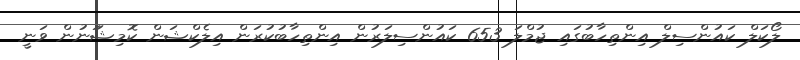
ލޯކަލް ކައުންސިލް އިންތިހާބުގައި ޖުމްލަ 653 ކައުންސިލަރުން އިންތިހާބުކުރަން އިލެކްޝަން ކޮމިޝަަނުން ވަނީ